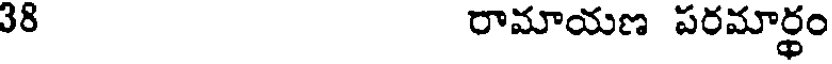
38 రామాయణ పరమార్థం